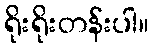
ရိုးရိုးတန်းပါ။